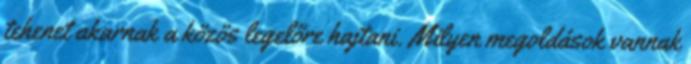
tehenet akarnak a közös legelőre hajtani. Milyen megoldások vannak